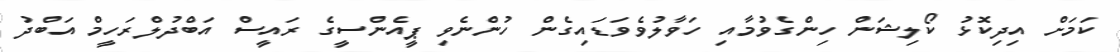
ކަމަށް އިދިކޮޅު ކޯލިޝަން ހިންގެވުމާއި ހަވާލުވެވަޑައިގެން ހުންނެވި ޕީއެންސީގެ ރައީސް އަބްދުލްރަހީމް އަބްދު